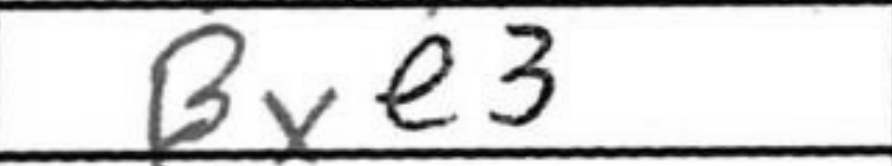
Transcription: Bxe3